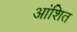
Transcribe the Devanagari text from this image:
आंशित